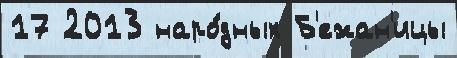
17 2013 наро́дных Б'ежан'ицы